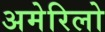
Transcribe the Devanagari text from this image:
अमेरिलो